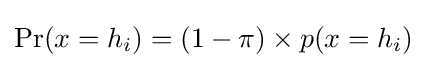
\Pr(x=h_{i})=(1-\pi )\times p(x=h_{i})